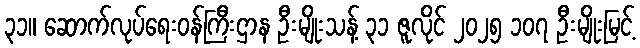
၃၁။ ဆောက်လုပ်ရေးဝန်ကြီးဌာန ဦးမျိုးသန့် ၃၁ ဇူလိုင် ၂၀၂၅ ၁၀၇ ဦးမျိုးမြင့်